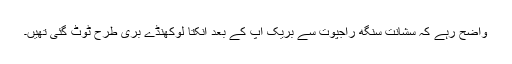
واضح رہے کہ سشانت سنگھ راجپوت سے بریک اپ کے بعد انکتا لوکھنڈے بری طرح ٹوٹ گئی تھیں۔